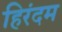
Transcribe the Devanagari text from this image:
हिरंदम